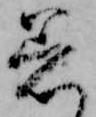
着